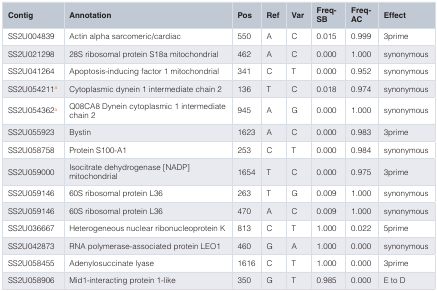
<table><thead><tr><td><b>Contig</b></td><td><b>Annotation</b></td><td><b>Pos</b></td><td><b>Ref</b></td><td><b>Var</b></td><td><b>Freq-SB</b></td><td><b>Freq-AC</b></td><td><b>Effect</b></td></tr></thead><tbody><tr><td>SS2U004839</td><td>Actin alpha sarcomeric/cardiac</td><td>550</td><td>A</td><td>C</td><td>0.015</td><td>0.999</td><td>3prime</td></tr><tr><td>SS2U021298</td><td>28S ribosomal protein S18a mitochondrial</td><td>462</td><td>A</td><td>C</td><td>0.000</td><td>1.000</td><td>synonymous</td></tr><tr><td>SS2U041264</td><td>Apoptosis-inducing factor 1 mitochondrial</td><td>341</td><td>C</td><td>T</td><td>0.000</td><td>0.952</td><td>synonymous</td></tr><tr><td>SS2U054211<sup>a</sup></td><td>Cytoplasmic dynein 1 intermediate chain 2</td><td>136</td><td>T</td><td>C</td><td>0.018</td><td>0.974</td><td>synonymous</td></tr><tr><td>SS2U054362<sup>a</sup></td><td>Q08CA8 Dynein cytoplasmic 1 intermediatechain 2</td><td>945</td><td>A</td><td>G</td><td>0.000</td><td>1.000</td><td>synonymous</td></tr><tr><td>SS2U055923</td><td>Bystin</td><td>1623</td><td>A</td><td>C</td><td>0.000</td><td>0.983</td><td>3prime</td></tr><tr><td>SS2U058758</td><td>Protein S100-A1</td><td>253</td><td>C</td><td>T</td><td>0.000</td><td>0.984</td><td>synonymous</td></tr><tr><td>SS2U059000</td><td>Isocitrate dehydrogenase [NADP]mitochondrial</td><td>1654</td><td>T</td><td>C</td><td>0.000</td><td>0.975</td><td>3prime</td></tr><tr><td>SS2U059146</td><td>60S ribosomal protein L36</td><td>263</td><td>T</td><td>G</td><td>0.009</td><td>1.000</td><td>synonymous</td></tr><tr><td>SS2U059146</td><td>60S ribosomal protein L36</td><td>470</td><td>A</td><td>C</td><td>0.009</td><td>1.000</td><td>synonymous</td></tr><tr><td>SS2U036667</td><td>Heterogeneous nuclear ribonucleoprotein K</td><td>813</td><td>C</td><td>T</td><td>1.000</td><td>0.022</td><td>5prime</td></tr><tr><td>SS2U042873</td><td>RNA polymerase-associated protein LEO1</td><td>460</td><td>G</td><td>A</td><td>1.000</td><td>0.000</td><td>synonymous</td></tr><tr><td>SS2U058455</td><td>Adenylosuccinate lyase</td><td>1616</td><td>C</td><td>T</td><td>1.000</td><td>0.000</td><td>3prime</td></tr><tr><td>SS2U058906</td><td>Mid1-interacting protein 1-like</td><td>350</td><td>G</td><td>T</td><td>0.985</td><td>0.000</td><td>E to D</td></tr></tbody></table>